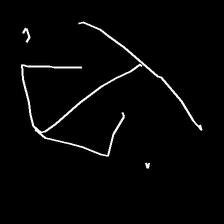
Glyph: earth